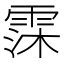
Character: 霂